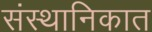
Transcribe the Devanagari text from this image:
संस्थानिकात